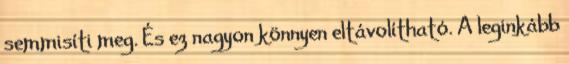
semmisíti meg. És ez nagyon könnyen eltávolítható. A leginkább